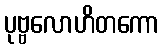
ပုဗ္ဗလောဟိတကော